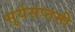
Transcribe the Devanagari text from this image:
सूर्यसप्तमी